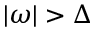
| \omega | > \Delta